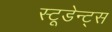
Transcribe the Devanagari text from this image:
स्टूडेन्ट्स